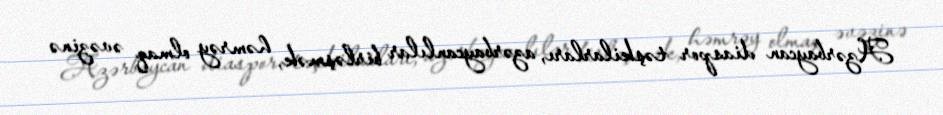
Azərbaycan diaspor təşkilarları, azərbaycanlılar birləşmək, həmrəy olmaq əvəzinə